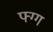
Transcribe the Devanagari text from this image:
फ्ग्ग